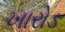
ખારોડ